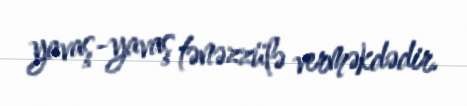
yavaş-yavaş tənəzzülə verməkdədir.